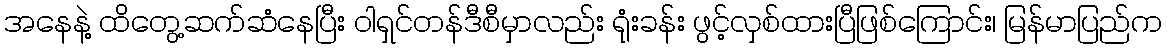
အနေနဲ့ ထိတွေ့ဆက်ဆံနေပြီး ဝါရှင်တန်ဒီစီမှာလည်း ရုံးခန်း ဖွင့်လှစ်ထားပြီဖြစ်ကြောင်း၊ မြန်မာပြည်က